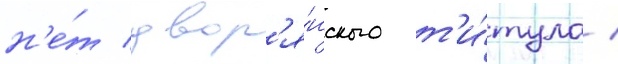
н'е́т двор'я́нского т'и́тула /